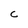
Character: c